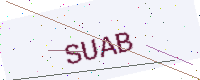
Text: SUAB